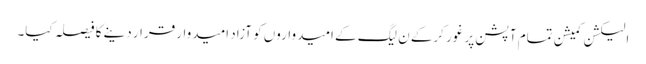
الیکشن کمیشن تمام آپشن پر غور کرکے ن لیگ کے امیدواروں کو آزاد امیدوار قرار دینے کا فیصلہ کیا۔